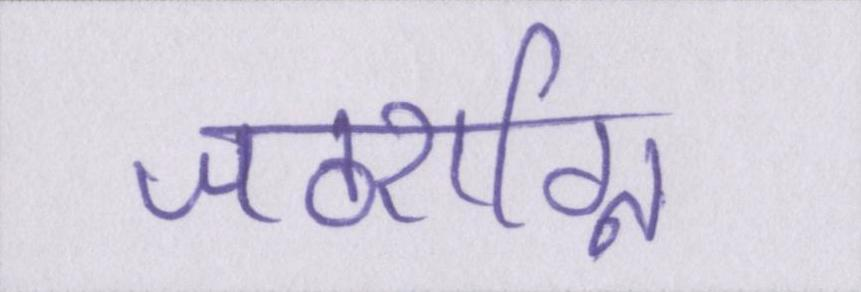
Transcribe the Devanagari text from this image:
जठराग्नि